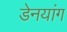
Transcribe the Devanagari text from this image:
डेनयांग